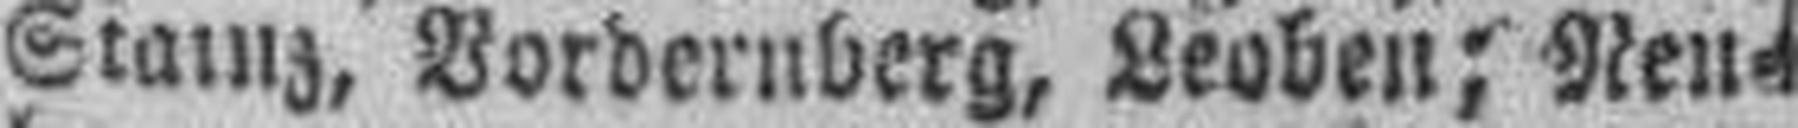
Stainz, Vordernberg, Leoben; Neu¬